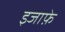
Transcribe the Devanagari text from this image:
इजाफ़े